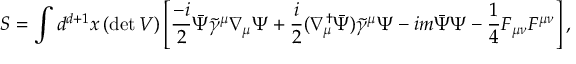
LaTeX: S = \int d ^ { d + 1 } x \, ( \mathrm { { d e t } } \, V ) \left[ { \frac { - i } { 2 } } \bar { \Psi } \tilde { \gamma } ^ { \mu } \nabla _ { \mu } \Psi + { \frac { i } { 2 } } ( \nabla _ { \mu } ^ { \dag } \bar { \Psi } ) \tilde { \gamma } ^ { \mu } \Psi - i m \bar { \Psi } \Psi - \frac { 1 } { 4 } F _ { \mu \nu } F ^ { \mu \nu } \right] ,